Burma Government Medical School reports 1923-41
Year: 1923
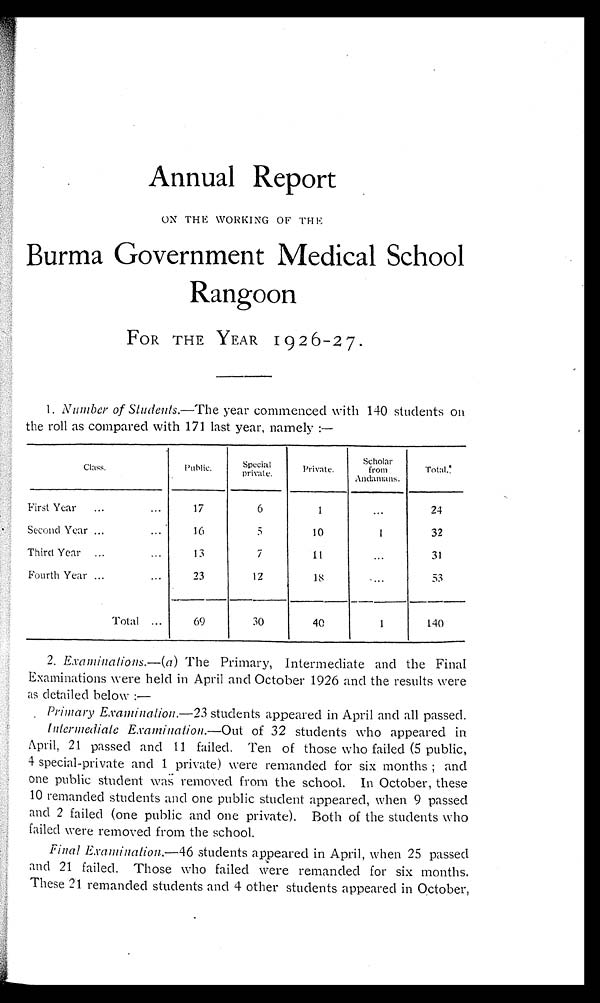
Annual Report
ON THE WORKING OF T
HE
Burma Government Medical School
Rangoon
FOR THE YEAR 1926-27.
1. Number of Students .—The year commenced with 140 students on
the roll as compared with 171 last year, namely :—
Class.
Public.
Special
private.
Private.
Scholar
from
Andamans.
Total.
First Year . . .
17
6
1
. . .
24
Second Year . . .
16
5
10
1
32
Third Year . . .
1 3
7
1 1
. . .
31
Fourth Year . . .
23
12
1 8
. . .
53
T o t a l . . .
69
30
40
1
140
2. Examinations .—( a ) The Primary, Intermediate and the Final
Examinations were held in April and October 1926 and the results were
as detailed below
: —
Primary Examination .—23 students appeared in April and all passed.
Intermediate Examination .—Out of 32 students who appeared in
April, 21 passed and 11 failed. Ten of those who failed (5 public,
4 special-private and 1 private) were remanded for six months; and
one public student was removed from the school. In October, these
1 0 r e m a n d e d s t u d e n t s a n d o n e p u b l i c s t u d e n t a p p e a r e d , w h e n 9 p a s s e d
and 2 failed (one public and one private). Both of the students who
failed were removed from the school.
Final Examination .—46 students appeared in April, when 25 passed
and 21 failed. Those who failed were remanded for six months.
These 21 remanded students and 4 other students appeared in October,